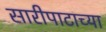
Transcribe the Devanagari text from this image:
सारीपाटाच्या